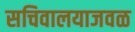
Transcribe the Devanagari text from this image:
सचिवालयाजवळ